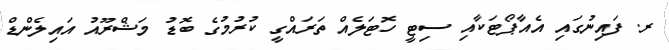
ރ. ފައިނުގައި އެއާޕޯޓަކާއި ސިޓީ ހޮޓަލެއް ތަރައްގީ ކުރުމުގެ ބޮޑު މަޝްރޫއު އައިލެންޑް